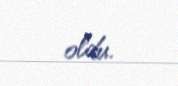
oldu.